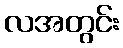
လအတွင်း